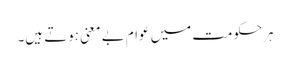
ہرحکومت میں عوام بے معنی ہوتے ہیں۔